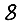
Digit: 8